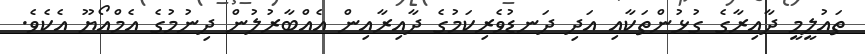
ތައުލީމީ ދާއިރާގެ ގުޅުންތަކާއި އަދި ދަނޑުވެރިކަމުގެ ދާއިރާއިން އެއްބާރުލުން ދިނުމުގެ އެމްއޯޔޫ އެކެވެ.